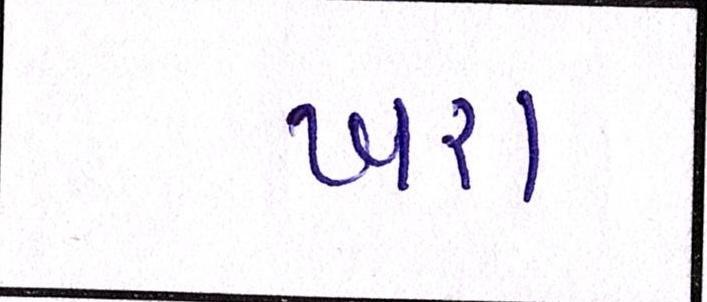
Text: ખરા